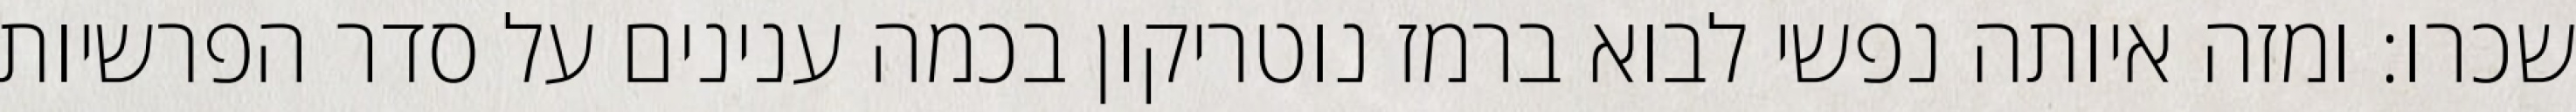
שכרו: ומזה איותה נפשי לבוא ברמז נוטריקון בכמה ענינים על סדר הפרשיות